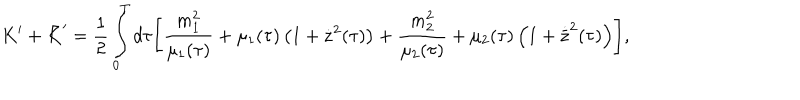
K ^ { \prime } + \bar { K } ^ { \prime } = \frac { 1 } { 2 } \int _ { 0 } ^ { T } d \tau \Biggl [ \frac { m _ { 1 } ^ { 2 } } { \mu _ { 1 } ( \tau ) } + \mu _ { 1 } ( \tau ) \left( 1 + \dot { \bf z } ^ { 2 } ( \tau ) \right) + \frac { m _ { 2 } ^ { 2 } } { \mu _ { 2 } ( \tau ) } + \mu _ { 2 } ( \tau ) \left( 1 + \dot { \bar { \bf z } } ^ { 2 } ( \tau ) \right) \Biggr ] ,